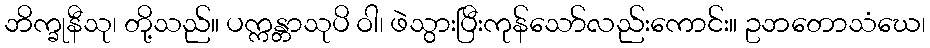
ဘိက္ခုနီသု၊ တို့သည်။ ပက္ကန္တာသုပိ ဝါ၊ ဖဲသွားပြီးကုန်သော်လည်းကောင်း။ ဥဘတောသံဃေ၊